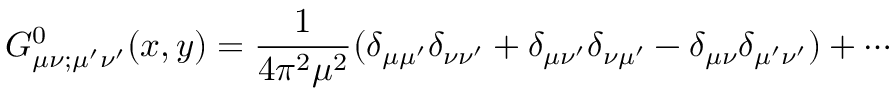
G _ { \mu \nu ; \mu ^ { \prime } \nu ^ { \prime } } ^ { 0 } ( x , y ) = \frac { 1 } { 4 \pi ^ { 2 } \mu ^ { 2 } } ( \delta _ { \mu \mu ^ { \prime } } \delta _ { \nu \nu ^ { \prime } } + \delta _ { \mu \nu ^ { \prime } } \delta _ { \nu \mu ^ { \prime } } - \delta _ { \mu \nu } \delta _ { \mu ^ { \prime } \nu ^ { \prime } } ) + \cdots